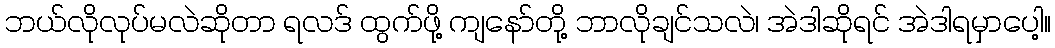
ဘယ်လိုလုပ်မလဲဆိုတာ ရလဒ် ထွက်ဖို့ ကျနော်တို့ ဘာလိုချင်သလဲ၊ အဲဒါဆိုရင် အဲဒါရမှာပေါ့။